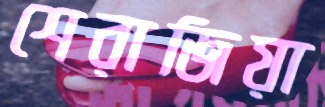
শেরাজিয়া